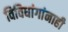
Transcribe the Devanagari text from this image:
विविधांगांनाही